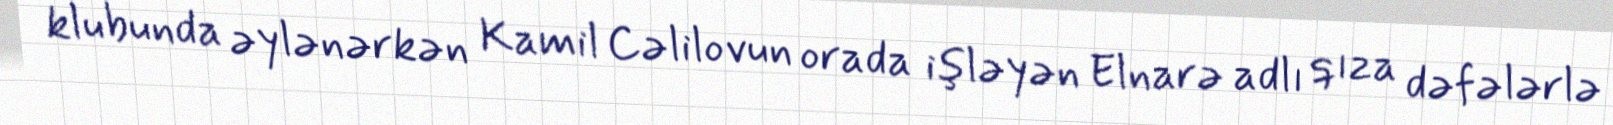
klubunda əylənərkən Kamil Cəlilovun orada işləyən Elnarə adlı qıza dəfələrlə